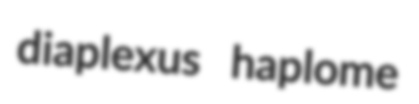
diaplexus haplome